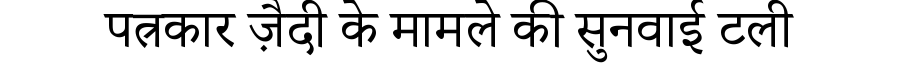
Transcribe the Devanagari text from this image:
पत्रकार ज़ैदी के मामले की सुनवाई टली